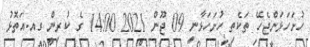
ހުށަހަޅަންޖެހޭ ތަކެތި ހުށަހަޅާނީ 09 ޖޫން 2021 14:00 ގެ ކުރިން ގއ.އަތޮޅު